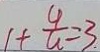
1 + \frac { 4 } { u } = 3 .